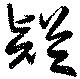
疑